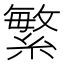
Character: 繁